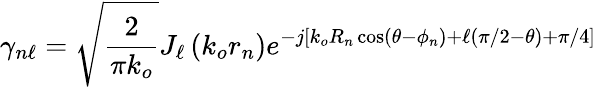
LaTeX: \gamma_{n\ell}=\sqrt{\frac{2}{\pi k_{o}}}J_{\ell}\left(k_{o}r_{n}\right)e^{-j\left[k_{o}R_{n}\cos\left(\theta-\phi_{n}\right)+\ell(\pi/2-\theta)+\pi/4\right]}